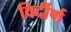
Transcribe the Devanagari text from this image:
विर्दीर्ण